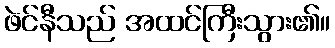
ဖဲင်နီသည် အထင်ကြီးသွား၏။